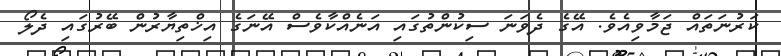
ކަރުނަތައް ޖަމާވިއެވެ. އޭގެ ދެވަނަ ސިކުންތުގައި އަނެއްކާވެސް އޭނަގެ އިޚްތިޔާރުން ބޭރުގައި ދެލޯ